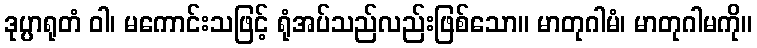
ဒုပ္ပာရုတံ ဝါ၊ မကောင်းသဖြင့် ရုံအပ်သည်လည်းဖြစ်သော။ မာတုဂါမံ၊ မာတုဂါမကို။